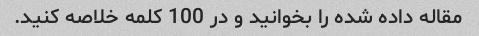
مقاله داده شده را بخوانید و در 100 کلمه خلاصه کنید.